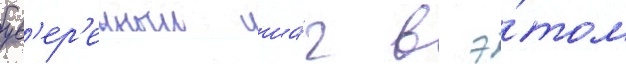
ув'ер'енныи ша́г в э́том